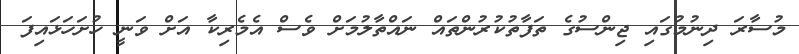
މުސާރަ ދިނުމުގައި ޖިންސުގެ ތަފާތުކުރުންތައް ނައްތާލުމަށް ވެސް އެމެރިކާ އަށް ވަނީ ހުށަހަޅައިފަ